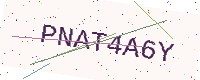
Text: PNAT4A6Y